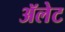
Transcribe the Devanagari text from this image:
ॲलेट